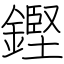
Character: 鏗